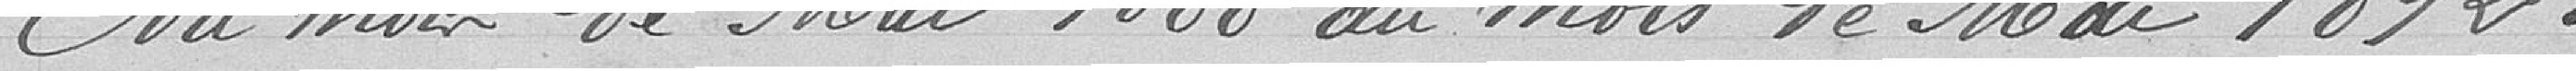
Du mois de Mai 1888 au mois de Mai 1892